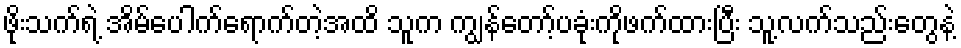
ဖိုးသက်ရဲ့ အိမ်ပေါက်ရောက်တဲ့အထိ သူက ကျွန်တော့်ပခုံးကိုဖက်ထားပြီး သူ့လက်သည်းတွေနဲ့